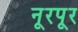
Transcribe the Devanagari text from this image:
नूरपूर